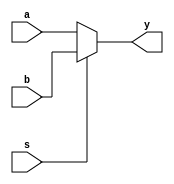
module mux2 #(
    parameter reg WIDTH = 8
) (
    s,
    a,
    b,
    y
);

  input s;
  input [WIDTH-1:0] a, b;
  output [WIDTH-1:0] y;

  assign y = (s == 0) ? a : b;

endmodule  //mux2